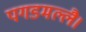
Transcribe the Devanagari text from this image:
पगडमल्लै।